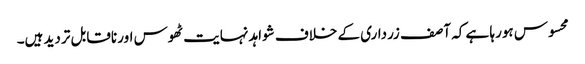
محسوس ہورہا ہے کہ آصف زرداری کے خلاف شواہد نہایت ٹھوس اور ناقابل تردید ہیں۔